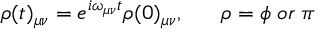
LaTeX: \rho ( t ) _ { \mu \nu } = e ^ { i \omega _ { \mu \nu } t } \rho ( 0 ) _ { \mu \nu } , \; \; \; \; \; \; \rho = \phi \; o r \; \pi